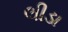
લીડા